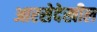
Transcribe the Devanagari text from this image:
आरसेदेखील